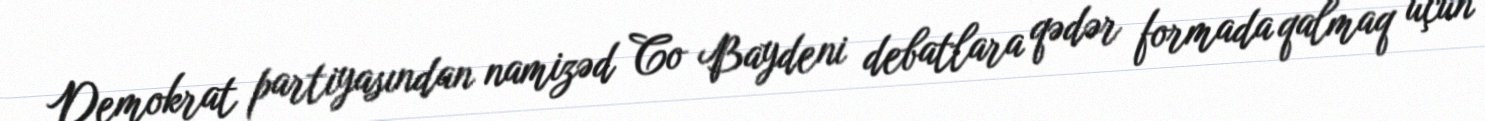
Demokrat partiyasından namizəd Co Baydeni debatlara qədər formada qalmaq üçün